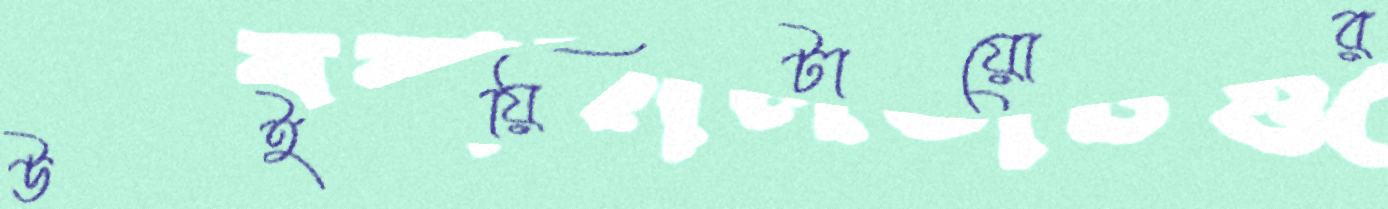
উইয়িটায়োর